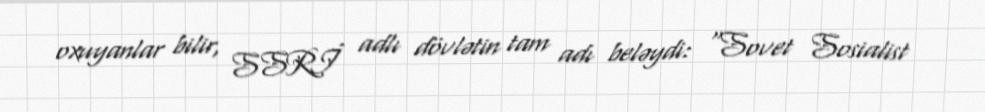
oxuyanlar bilir, SSRİ adlı dövlətin tam adı beləydi: “Sovet Sosialist